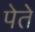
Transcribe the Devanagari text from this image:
पेते